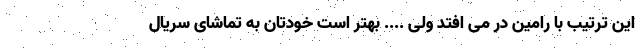
این ترتیب با رامین در می افتد ولی .... بهتر است خودتان به تماشای سریال